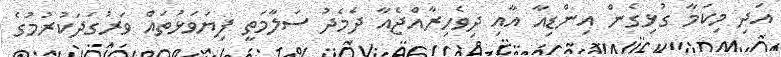
އަދި މިކަމާ ގުޅިގެން އިންޑިއާ އާއި ދިވެހިރާއްޖެއާ ދެމެދު ސަލާމަތީ ފިޔަވަޅުތައް ވަރުގަދަކުރުމުގެ